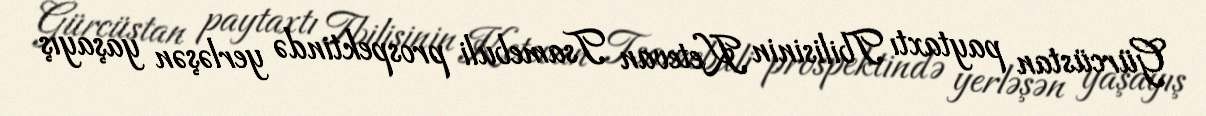
Gürcüstan paytaxtı Tbilisinin Ketevan Tsamebuli prospektində yerləşən yaşayış